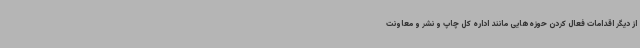
از دیگر اقدامات فعال کردن حوزه‌هایی مانند اداره کل چاپ و نشر و معاونت